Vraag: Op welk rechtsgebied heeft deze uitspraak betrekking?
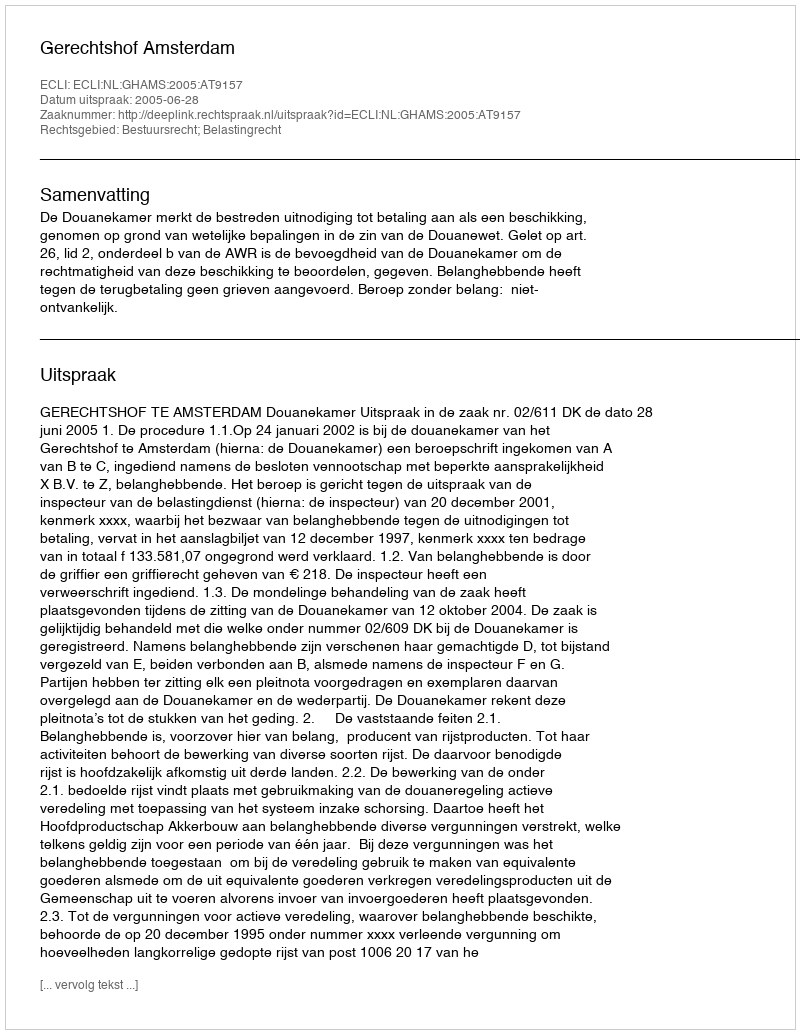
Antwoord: Bestuursrecht; Belastingrecht